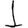
Digit: 1